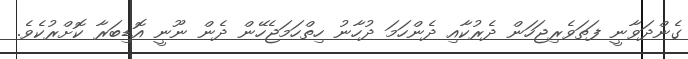
ގެންދަވާނީ ފަތަވެރިޖަހަން ދެރުކާއި ދެންހަމަ ދުހާނު ހިތްހަމަޖެހޭން ދެން ނޫނީ އޮޑިބަރާ ކޮށްރުކެވެ.